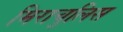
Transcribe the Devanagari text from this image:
मिराचुलिस